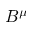
B ^ { \mu }